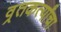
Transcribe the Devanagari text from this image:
व्रतकर्त्यांचा